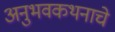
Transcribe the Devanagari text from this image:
अनुभवकथनाचे